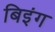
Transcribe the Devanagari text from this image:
बिइंग